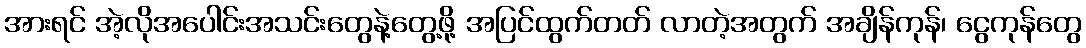
အားရင် အဲ့လိုအပေါင်းအသင်းတွေနဲ့တွေ့ဖို့ အပြင်ထွက်တတ် လာတဲ့အတွက် အချိန်ကုန်၊ ငွေကုန်တွေ